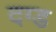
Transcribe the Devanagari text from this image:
दग्ड